NASA-UAP-D5, Apollo 17 Crew Debriefing for Science, 1973
Page 3
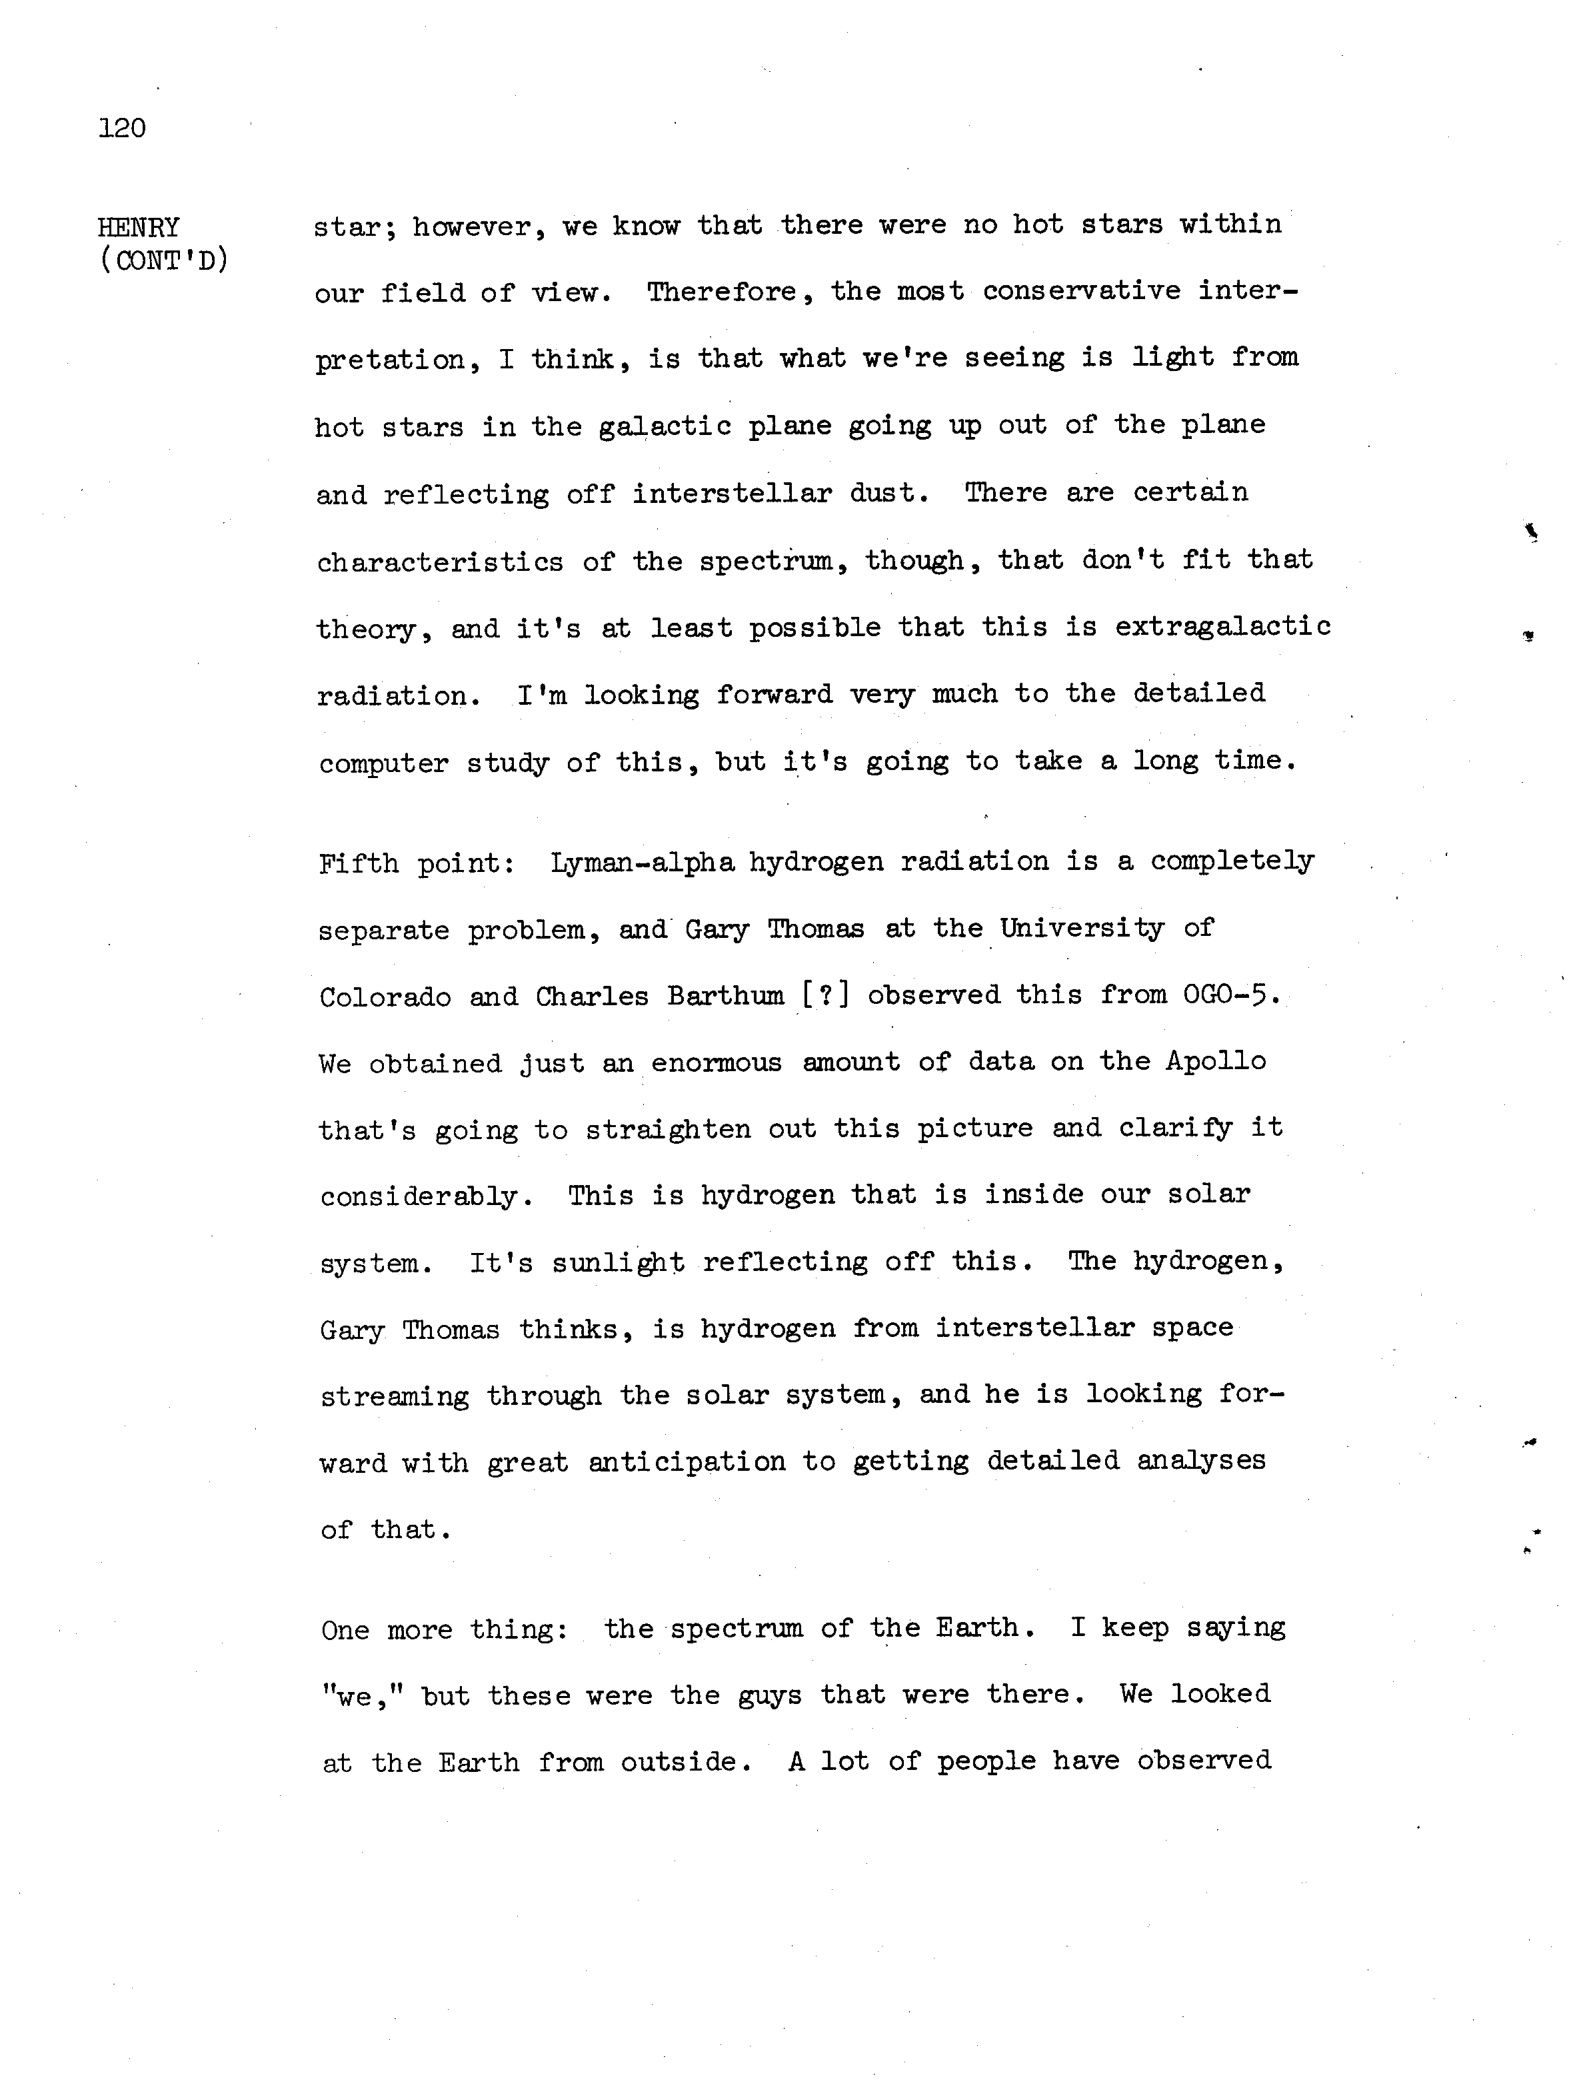